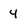
Character: 4